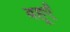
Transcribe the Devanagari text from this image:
बहूएँ